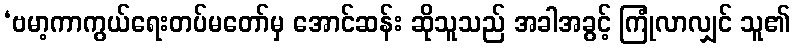
‘ဗမာ့ကာကွယ်ရေးတပ်မတော်မှ အောင်ဆန်း ဆိုသူသည် အခါအခွင့် ကြုံလာလျှင် သူ၏